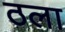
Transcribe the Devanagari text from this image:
ठला